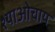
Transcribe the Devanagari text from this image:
श्याओचाय